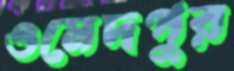
ওমেদপুর